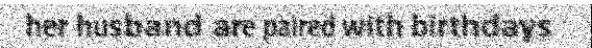
her husband are paired with birthdays